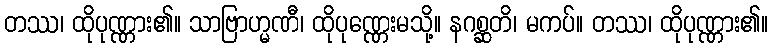
တဿ၊ ထိုပုဏ္ဏား၏။ သာဗြာဟ္မဏီ၊ ထိုပုဏ္ဏေးမသို့။ နဂစ္ဆတိ၊ မကပ်။ တဿ၊ ထိုပုဏ္ဏား၏။